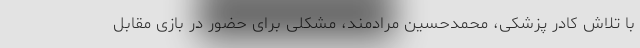
با تلاش کادر پزشکی، محمدحسین مرادمند، مشکلی برای حضور در بازی مقابل